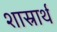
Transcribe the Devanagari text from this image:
शास्रार्थ